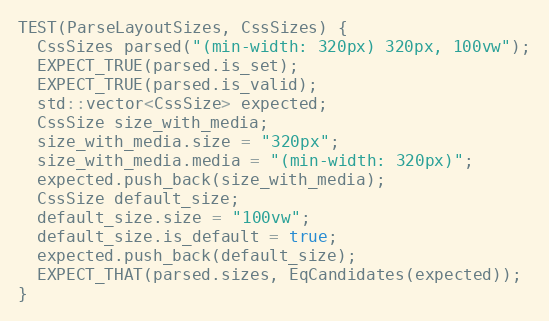
Language: C++
TEST(ParseLayoutSizes, CssSizes) {
  CssSizes parsed("(min-width: 320px) 320px, 100vw");
  EXPECT_TRUE(parsed.is_set);
  EXPECT_TRUE(parsed.is_valid);
  std::vector<CssSize> expected;
  CssSize size_with_media;
  size_with_media.size = "320px";
  size_with_media.media = "(min-width: 320px)";
  expected.push_back(size_with_media);
  CssSize default_size;
  default_size.size = "100vw";
  default_size.is_default = true;
  expected.push_back(default_size);
  EXPECT_THAT(parsed.sizes, EqCandidates(expected));
}